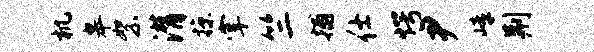
机皋絮潸掠掌竺捕仕愕尹嶂荆